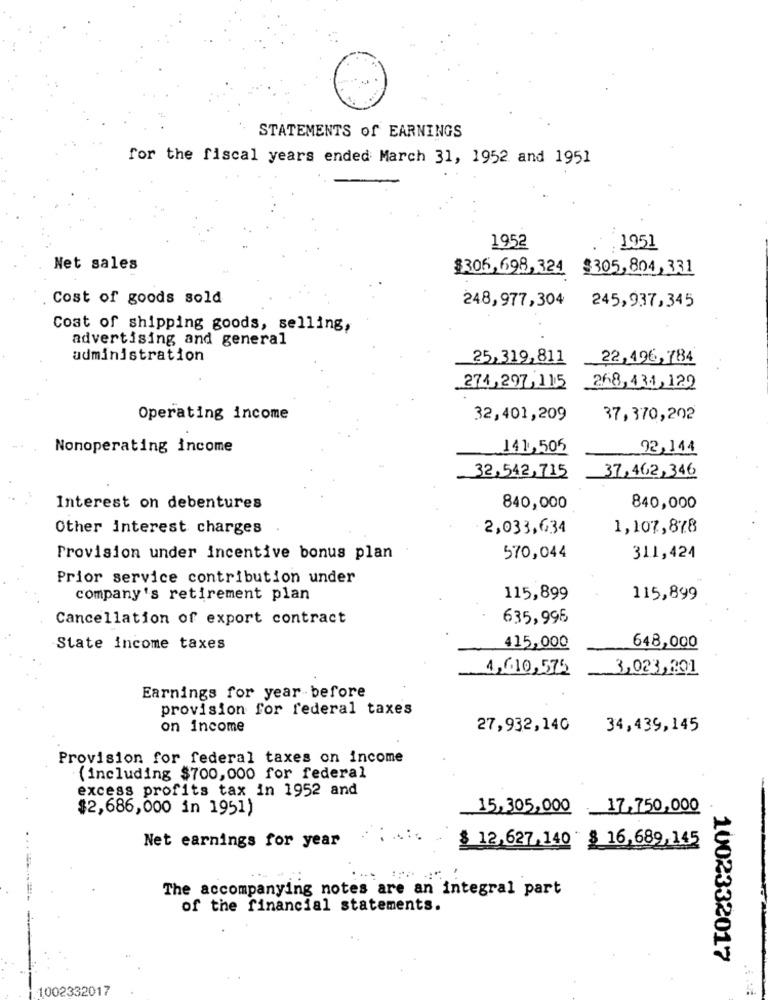
STATEMENTS of EARNINGS
for the fiscal years ended March 31, 1952 and 1951
1952
1951
Net sales
$306,698, 324
$305,804,331
Cost of goods sold
248,977,304
245,937,345
Cost of shipping goods, selling,
advertising and general
administration
25,319,811
22,496,784
268,431,129
274, 297, 115
Operating income
32,401,209
37,370,202
Nonoperating income
141,506
92,144
37,462,346
32,542,715
Interest on debentures
840,000
840,000
Other interest charges
2,033,634
1,107,878
Provision under incentive bonus plan
570,044
311,424
Prior service contribution under
company's retirement plan
115,899
115,899
Cancellation of export contract
635,995
State income taxes
415,000
648,000
4,610,575
3,023,201
Earnings for year before
provision for federal taxes
on income
27,932,140
34,439,145
Provision for federal taxes on income
(including $700,000 for federal
excess profits tax in 1952 and
$2,686,000 in 1951)
15,305,000
17,750,000
Net earnings for year
$ 12,627,140 " § 16,689,145
The accompanying notes are an integral part
of the financial statements.
1002332017
1002332017